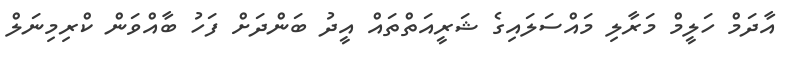
އާދަމް ހަލީމް މަރާލި މައްސަލައިގެ ޝަރީއަތްތައް އީދު ބަންދަށް ފަހު ބާއްވަން ކްރިމިނަލް